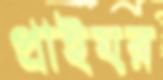
প্রাইয়র